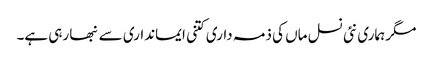
مگر ہماری نئی نسل ماں کی ذمہ داری کتنی ایمانداری سے نبھا رہی ہے۔